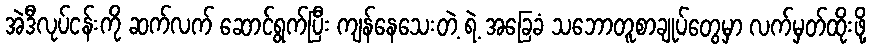
အဲဒီလုပ်ငန်းကို ဆက်လက် ဆောင်ရွက်ပြီး ကျန်နေသေးတဲ့ ရဲ့ အခြေခံ သဘောတူစာချုပ်တွေမှာ လက်မှတ်ထိုးဖို့